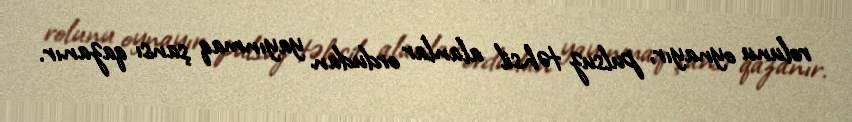
rolunu oynayır, pulsuz təhsil alanlar ordudan yayınmaq şansı qazanır.